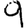
Digit: 9